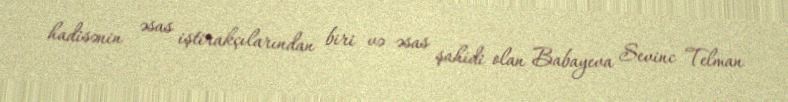
hadisənin əsas iştirakçılarından biri və əsas şahidi olan Babayeva Sevinc Telman